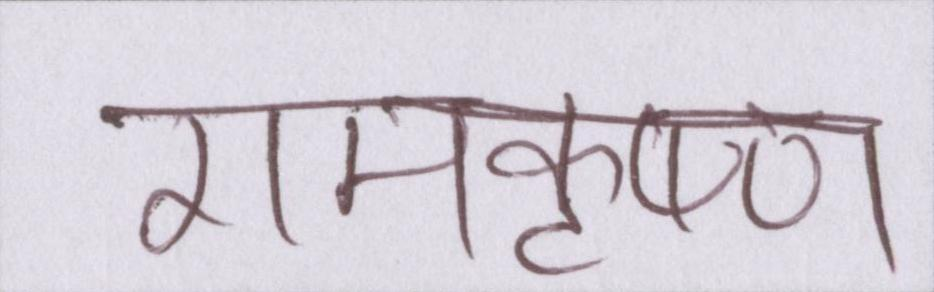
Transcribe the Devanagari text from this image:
रामकृष्ण